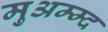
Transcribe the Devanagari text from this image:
मुअम्म्द